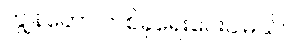
ကျွန်တော် တစ်ခုရေးပေးပါမယ်။